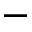
-